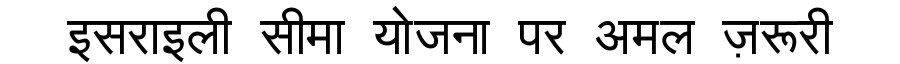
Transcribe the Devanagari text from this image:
इसराइली सीमा योजना पर अमल ज़रूरी